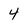
Character: 4